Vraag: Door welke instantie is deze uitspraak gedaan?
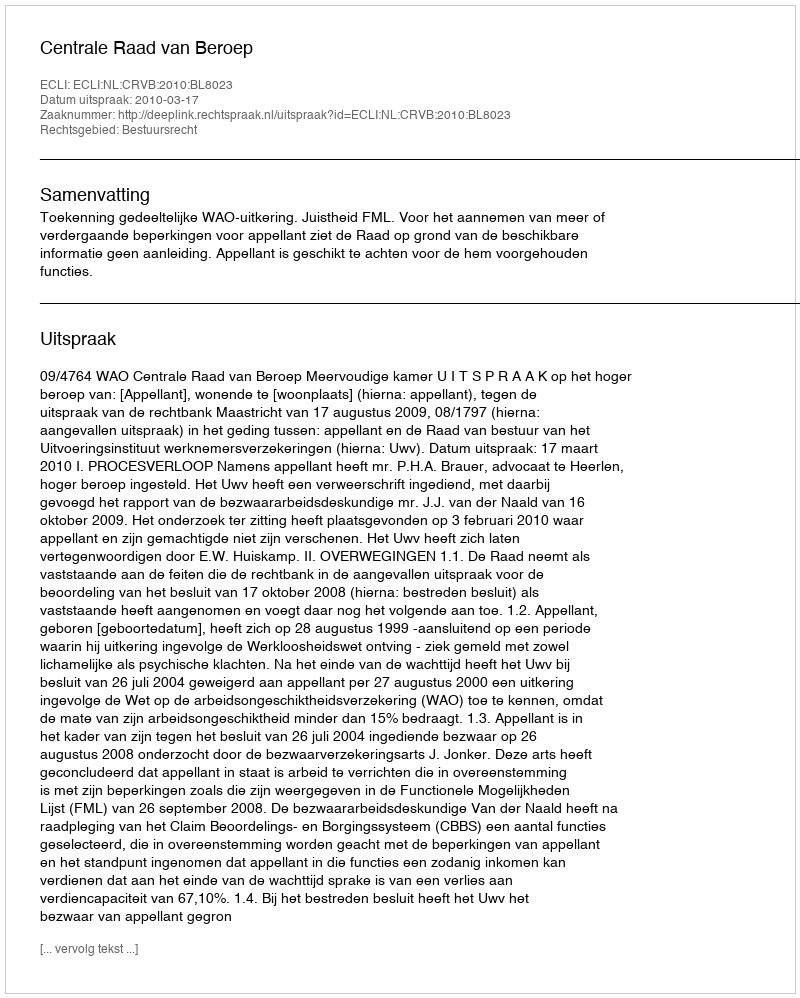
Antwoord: Centrale Raad van Beroep